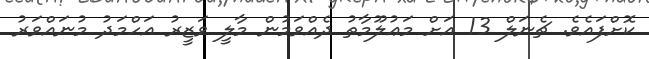
ކޮށްފައެވެ. ޗެނަލް 13 އަށް މަޢުލޫމާތު ދެއްވަމުން މާލީ ވަޒީރު އަހްމަދު މުނައްވަރު